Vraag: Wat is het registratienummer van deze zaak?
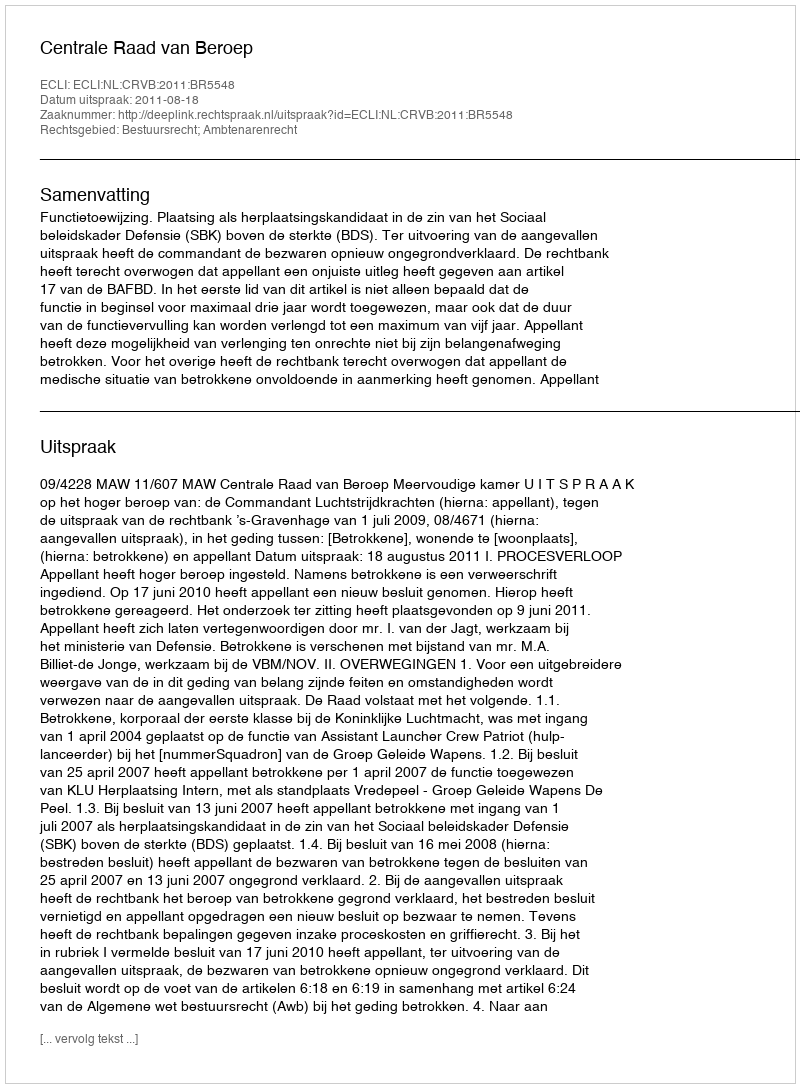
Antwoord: http://deeplink.rechtspraak.nl/uitspraak?id=ECLI:NL:CRVB:2011:BR5548